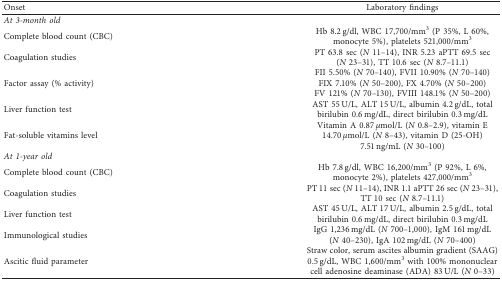
<table><thead><tr><td><b>Onset</b></td><td><b>Laboratory findings</b></td></tr></thead><tbody><tr><td><i>At 3-month old</i></td><td> </td></tr><tr><td>Complete blood count (CBC)</td><td>Hb 8.2 g/dl, WBC 17,700/mm<sup>3</sup> (P 35%, L 60%, monocyte 5%), platelets 521,000/mm<sup>3</sup></td></tr><tr><td>Coagulation studies</td><td>PT 63.8 sec (<i>N</i> 11–14), INR 5.23 aPTT 69.5 sec (<i>N</i> 23–31), TT 10.6 sec (<i>N</i> 8.7–11.1)</td></tr><tr><td>Factor assay (% activity)</td><td>FII 5.50% (<i>N</i> 70–140), FVII 10.90% (<i>N</i> 70–140)FIX 7.10% (<i>N</i> 50–200), FX 4.70% (<i>N</i> 50–200)FV 121% (<i>N</i> 70–130), FVIII 148.1% (<i>N</i> 50–200)</td></tr><tr><td>Liver function test</td><td>AST 55 U/L, ALT 15 U/L, albumin 4.2 g/dL, total birilubin 0.6 mg/dL, direct birilubin 0.3 mg/dL</td></tr><tr><td>Fat-soluble vitamins level</td><td>Vitamin A 0.87 <i>μ</i>mol/L (<i>N</i> 0.8–2.9), vitamin E 14.70 <i>μ</i>mol/L (<i>N</i> 8–43), vitamin D (25-OH) 7.51 ng/mL (<i>N</i> 30–100)</td></tr><tr><td><i>At 1-year old</i></td><td> </td></tr><tr><td>Complete blood count (CBC)</td><td>Hb 7.8 g/dl, WBC 16,200/mm<sup>3</sup> (P 92%, L 6%, monocyte 2%), platelets 427,000/mm<sup>3</sup></td></tr><tr><td>Coagulation studies</td><td>PT 11 sec (<i>N</i> 11–14), INR 1.1 aPTT 26 sec (<i>N</i> 23–31), TT 10 sec (<i>N</i> 8.7–11.1)</td></tr><tr><td>Liver function test</td><td>AST 45 U/L, ALT 17 U/L, albumin 2.5 g/dL, total birilubin 0.6 mg/dL, direct birilubin 0.3 mg/dL</td></tr><tr><td>Immunological studies</td><td>IgG 1,236 mg/dL (<i>N</i> 700–1,000), IgM 161 mg/dL (<i>N</i> 40–230), IgA 102 mg/dL (<i>N</i> 70–400)</td></tr><tr><td>Ascitic fluid parameter</td><td>Straw color, serum ascites albumin gradient (SAAG) 0.5 g/dL, WBC 1,600/mm<sup>3</sup> with 100% mononuclear cell adenosine deaminase (ADA) 83 U/L (<i>N</i> 0–33)</td></tr></tbody></table>